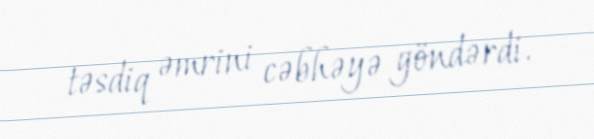
təsdiq əmrini cəbhəyə göndərdi.